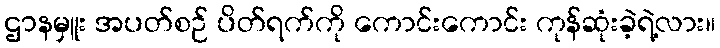
ဌာနမှူး အပတ်စဉ် ပိတ်ရက်ကို ကောင်းကောင်း ကုန်ဆုံးခဲ့ရဲ့လား။